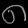
Digit: ၈